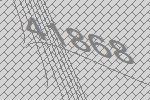
41868